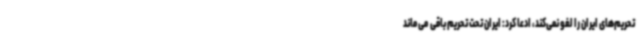
تحریم‌های ایران را لغو نمی‌کند، ادعا کرد: ایران تحت تحریم باقی می‌ماند